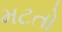
મટતો